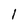
Character: 1